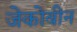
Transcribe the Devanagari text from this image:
जेकोबीन